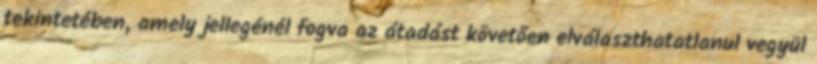
tekintetében, amely jellegénél fogva az átadást követően elválaszthatatlanul vegyül